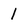
Character: 1